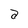
Character: a